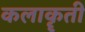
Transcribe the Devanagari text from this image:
कलाकॄती